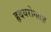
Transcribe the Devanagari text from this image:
हृदयरोगतज्ञ